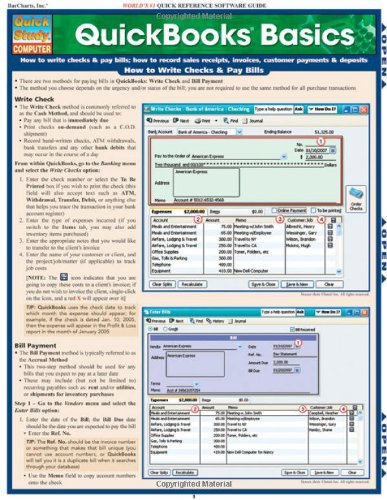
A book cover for Quickbooks Basics (Quick Study Computer); Inc. BarCharts; Computers & Technology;